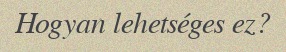
Hogyan lehetséges ez?